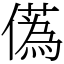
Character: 儰